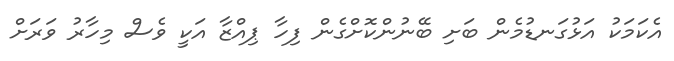
އެކަމަކު އަޅުގަނޑުމެން ބަށި ބޭނުންކޮށްގެން ފިހާ ޕިއްޒާ އަކީ ވެސް މިހާރު ވަރަށް